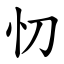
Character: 忉